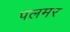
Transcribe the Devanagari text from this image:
पलमर